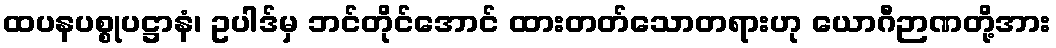
ထပနပစ္စုပဋ္ဌာနံ၊ ဥပါဒ်မှ ဘင်တိုင်အောင် ထားတတ်သောတရားဟု ယောဂီဉာဏတို့အား